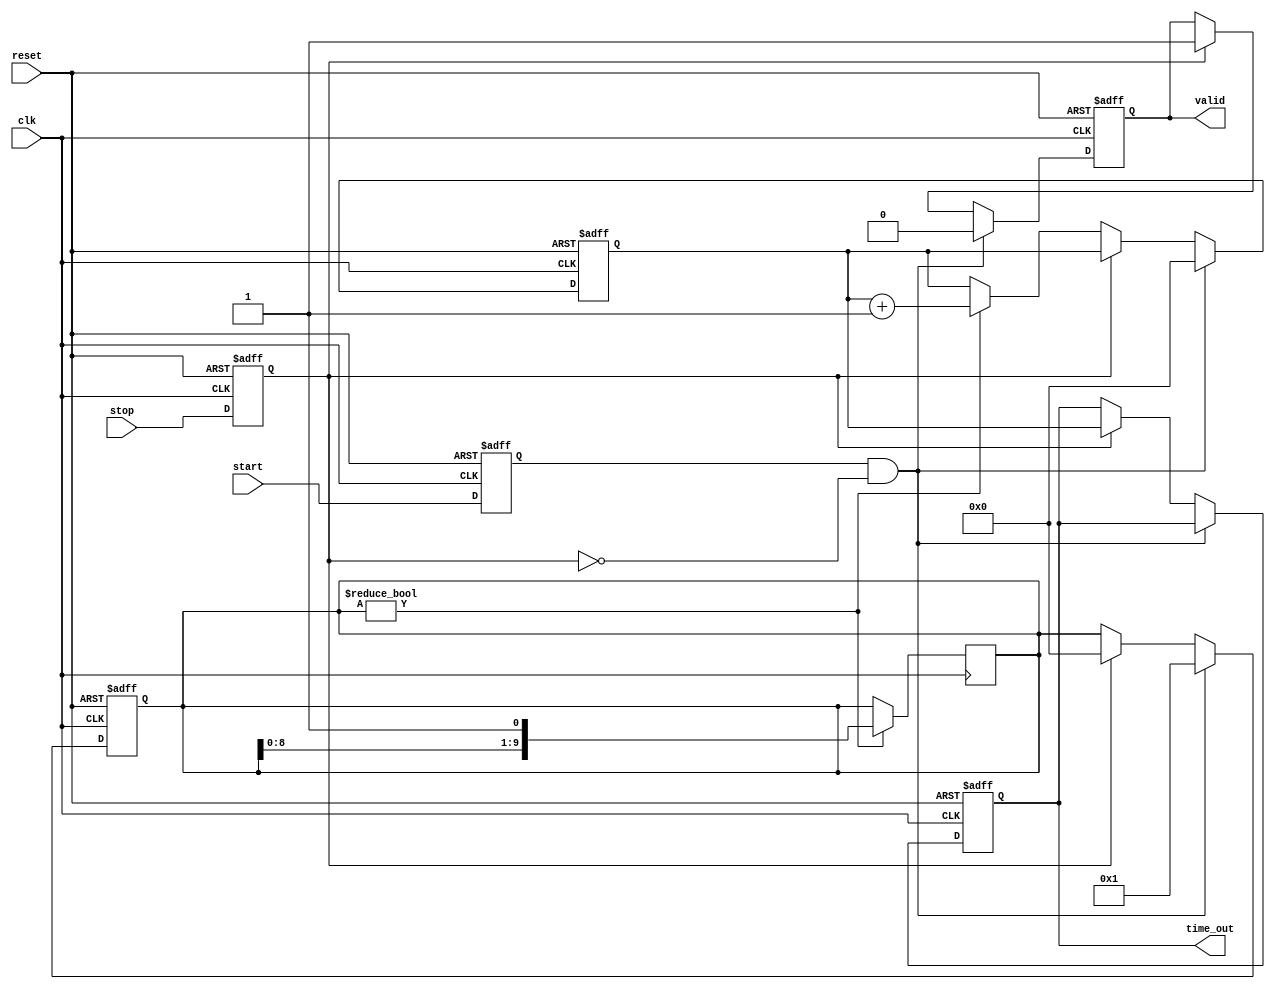
module TDC (
    input wire clk,              // High-frequency clock signal
    input wire reset,            // Asynchronous reset signal
    input wire start,            // Start signal
    input wire stop,             // Stop signal
    output reg [N-1:0] time_out, // Digital output representing time interval
    output reg valid             // Output valid signal
);
    parameter N = 10;            // Number of bits for time output (adjust as needed)
    parameter DELAY_STAGES = 10; // Number of delay stages for resolution

    reg [N-1:0] counter;         // Digital counter
    reg [DELAY_STAGES-1:0] delay_line; // Delay line for time measurement
    reg start_detected, stop_detected;

    // Edge detection for start and stop signals
    always @(posedge clk or posedge reset) begin
        if (reset) begin
            start_detected <= 0;
            stop_detected <= 0;
        end else begin
            start_detected <= start;
            stop_detected <= stop;
        end
    end

    // Counter and delay line logic
    always @(posedge clk or posedge reset) begin
        if (reset) begin
            counter <= 0;
            time_out <= 0;
            valid <= 0;
            delay_line <= 0;
        end else if (start_detected && !stop_detected) begin
            // Reset counter on start
            counter <= 0;
            valid <= 0;
            delay_line <= 1; // Initialize delay line on start
        end else if (stop_detected) begin
            // Stop counting and output the result
            time_out <= counter;
            valid <= 1;
            delay_line <= 0; // Reset delay line
        end else if (delay_line) begin
            // Increment counter for each clock cycle while delay line is active
            counter <= counter + 1;
        end
    end

    // Delay line implementation (simple shift register)
    always @(posedge clk) begin
        if (delay_line) begin
            delay_line <= {delay_line[DELAY_STAGES-2:0], 1'b1}; // Shift and add 1
        end
    end

endmodule